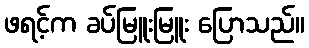
ဖရင့်က ခပ်မြူးမြူး ပြောသည်။